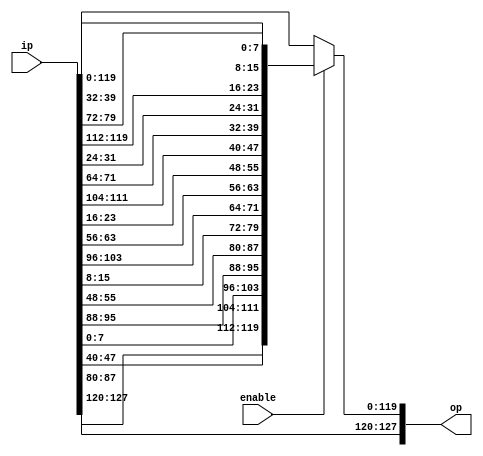
// The ShiftRows step operates on the rows of the state; it cyclically shifts the bytes in each
// row by a certain offset.
// 1st row: Unchanged
// 2nd row: Shifted one to the left
// 3rd row: Shifted two to the left
// 4th row: Shifted three to the left
module shiftRows_top(
    input   [127:0] ip,
    input   enable,
    output  [127:0] op
);

wire [127:0] out;

assign out[127:120] = ip[127:120];  // 1st row (unchanged)
assign out[119:112] = ip[87:80];    // 2nd row (offset of 1 byte)
assign out[111:104] = ip[47:40];    // 3rd row (offset of 2 bytes)
assign out[103:96] = ip[7:0];       // 4th row (offset of 3 bytes)

assign out[95:88] = ip[95:88];      // 1st row
assign out[87:80] = ip[55:48];      // 2nd row
assign out[79:72] = ip[15:8];       // 3rd row
assign out[71:64] = ip[103:96];     // 4th row

assign out[63:56] = ip[63:56];      // 1st row
assign out[55:48] = ip[23:16];      // 2nd row
assign out[47:40] = ip[111:104];    // 3rd row
assign out[39:32] = ip[71:64];      // 4th row

assign out[31:24] = ip[31:24];      // 1st row
assign out[23:16] = ip[119:112];    // 2nd row
assign out[15:8] = ip[79:72];       // 3rd row
assign out[7:0] = ip[39:32];        // 4th row

assign op = enable ? out : ip;

endmodule